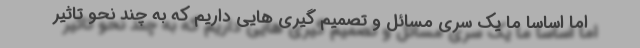
اما اساسا ما یک سری مسائل و تصمیم گیری هایی داریم که به چند نحو تاثیر